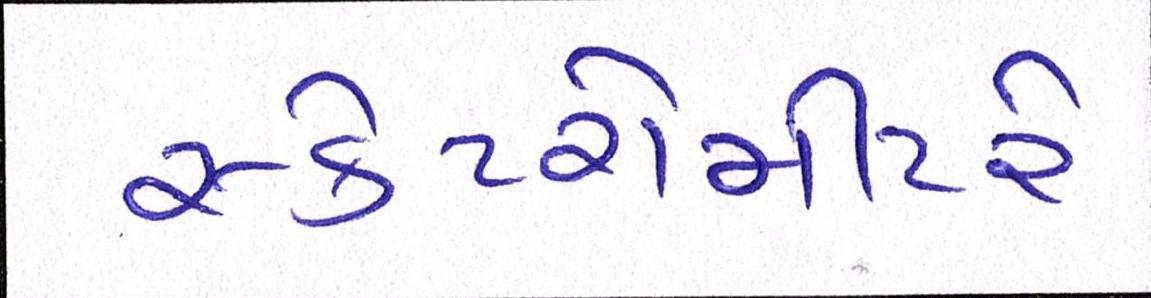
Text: સ્કેટરોમીટરે